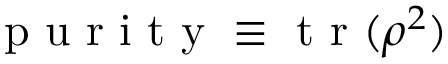
\mathrm { ~ p ~ u ~ r ~ i ~ t ~ y ~ } \equiv \mathrm { ~ t ~ r ~ } ( \rho ^ { 2 } )